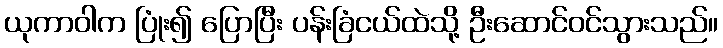
ယုကာဝါက ပြုံး၍ ပြောပြီး ပန်းခြံငယ်ထဲသို့ ဦးဆောင်ဝင်သွားသည်။